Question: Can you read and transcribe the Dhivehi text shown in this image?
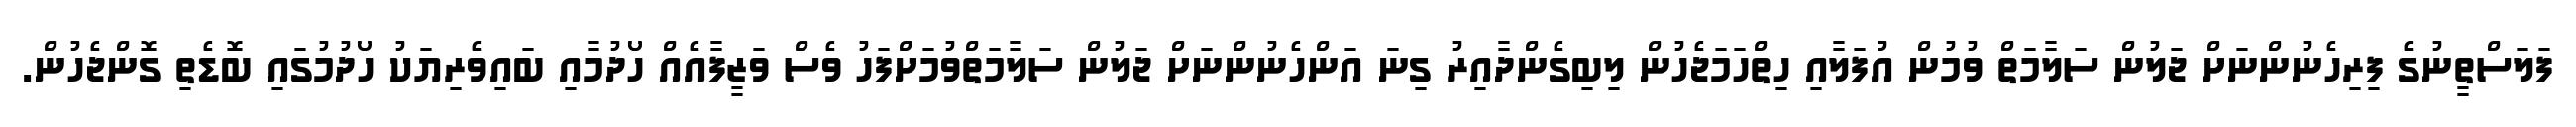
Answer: ފަލަސްތީނުގެ ފިރިހެނުންނަށް ޖަލުން ސަލާމަތް ވުމުން އުފަލާއި ހިތްހަމަޖެހުން ލިބިގެންދާއިރު ގިނަ އަންހެނުންނަށް ޖަލުން ސަލާމަތްވުމަށްފަހު ވެސް ވަޒީފާއެއް ހޯދުމާއި ބައިވެރިޔަކު ހޯދުމުގައި ބޮޑެތި ގޮންޖެހުން.